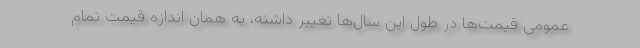
عمومی قیمت‌ها در طول این سال‌ها تغییر داشته، به همان اندازه قیمت تمام